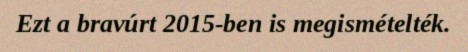
Ezt a bravúrt 2015-ben is megismételték.